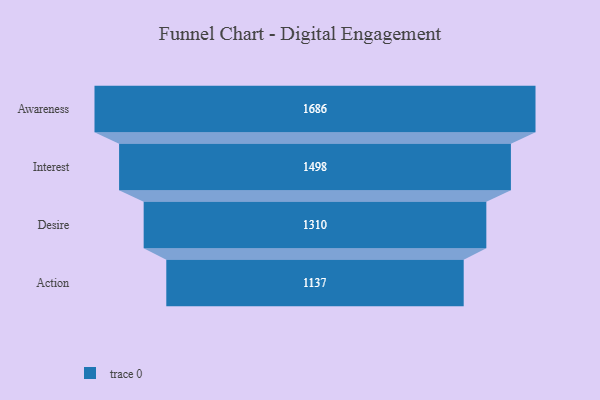
{"axis": {"x": "Stage", "y": "Value"}, "legend": [""], "data": [{"x": "Awareness", "y": 1686.0, "type": ""}, {"x": "Interest", "y": 1498.0, "type": ""}, {"x": "Desire", "y": 1310.0, "type": ""}, {"x": "Action", "y": 1137.0, "type": ""}]}